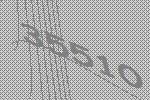
35510